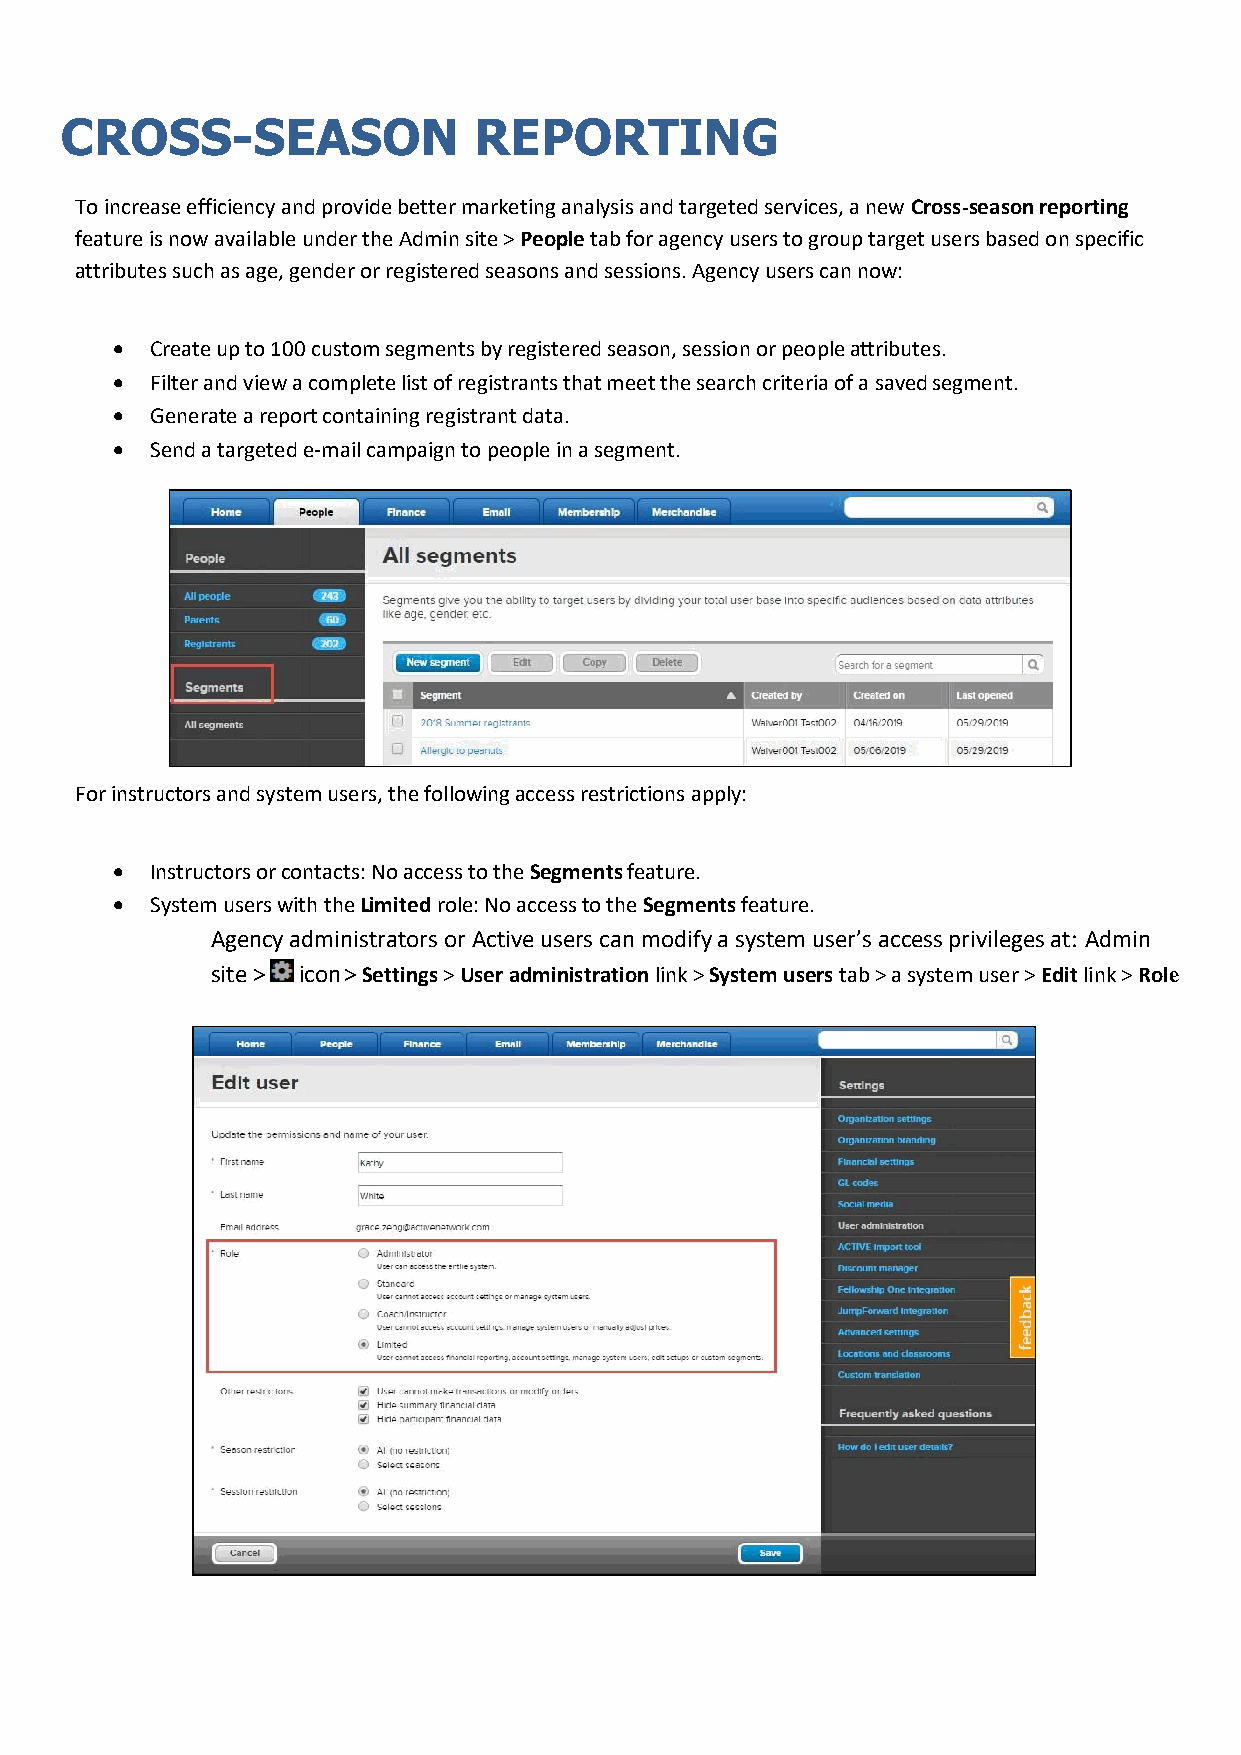
CROSS-SEASON               REPORTING
 To increase efficiency and provide better marketing analysis and targeted services, a new Cross-season reporting
 feature is now available under the Admin site > People tab for agency users to group target users based on specific
 attributes such as age, gender or registered seasons and sessions. Agency users can now:
 •  Create up to 100 custom segments by registered season, session or people attributes.
 •  Filter and view a complete list of registrants that meet the search criteria of a saved segment.
 •  Generate a report containing registrant data.
 •  Send a targeted e-mail campaign to people in a segment.
 For instructors and system users, the following access restrictions apply:
 •  Instructors or contacts: No access to the Segments feature.
 •  System users with the Limited role: No access to the Segments feature.
 Agency administrators or Active users can modify a system user’s access privileges at: Admin
 site > icon > Settings > User administration link > System users tab > a system user > Edit link > Role